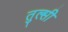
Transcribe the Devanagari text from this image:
तुल्सी